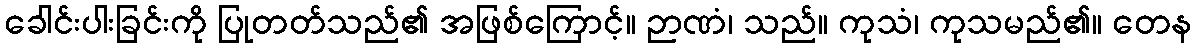
ခေါင်းပါးခြင်းကို ပြုတတ်သည်၏ အဖြစ်ကြောင့်။ ဉာဏံ၊ သည်။ ကုသံ၊ ကုသမည်၏။ တေန